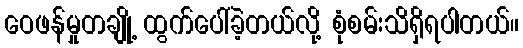
ဝေဖန်မှုတချို့ ထွက်ပေါ်ခဲ့တယ်လို့ စုံစမ်းသိရှိရပါတယ်။